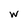
Character: w